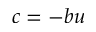
c = - b u